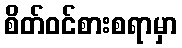
စိတ်ဝင်စားစရာမှာ